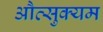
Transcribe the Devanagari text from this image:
औत्सुक्यम